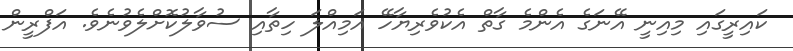
ކައިރީގައި މިއިނީ އޭނަގެ އެންމެ ގާތް އެކުވެރިޔާހޭ އަމިއްލަ ހިތާއި ސުވާލުކޮށްލެވުނެވެ. އަފްރީން